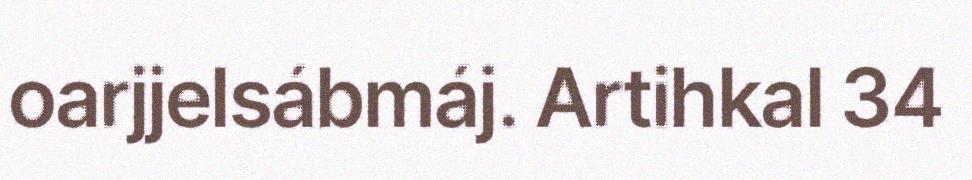
oarjjelsábmáj. Artihkal 34